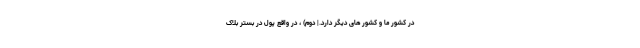
در کشور ما و کشور های دیگر دارد.| دوم) ، در واقع پول در بستر بلاک